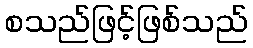
စသည်ဖြင့်ဖြစ်သည်